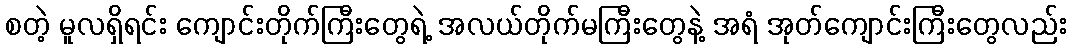
စတဲ့ မူလရှိရင်း ကျောင်းတိုက်ကြီးတွေရဲ့ အလယ်တိုက်မကြီးတွေနဲ့ အရံ အုတ်ကျောင်းကြီးတွေလည်း